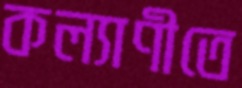
কল্যাণীতে